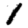
Digit: 1